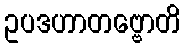
ဥပဒဟာတဗ္ဗောတိ